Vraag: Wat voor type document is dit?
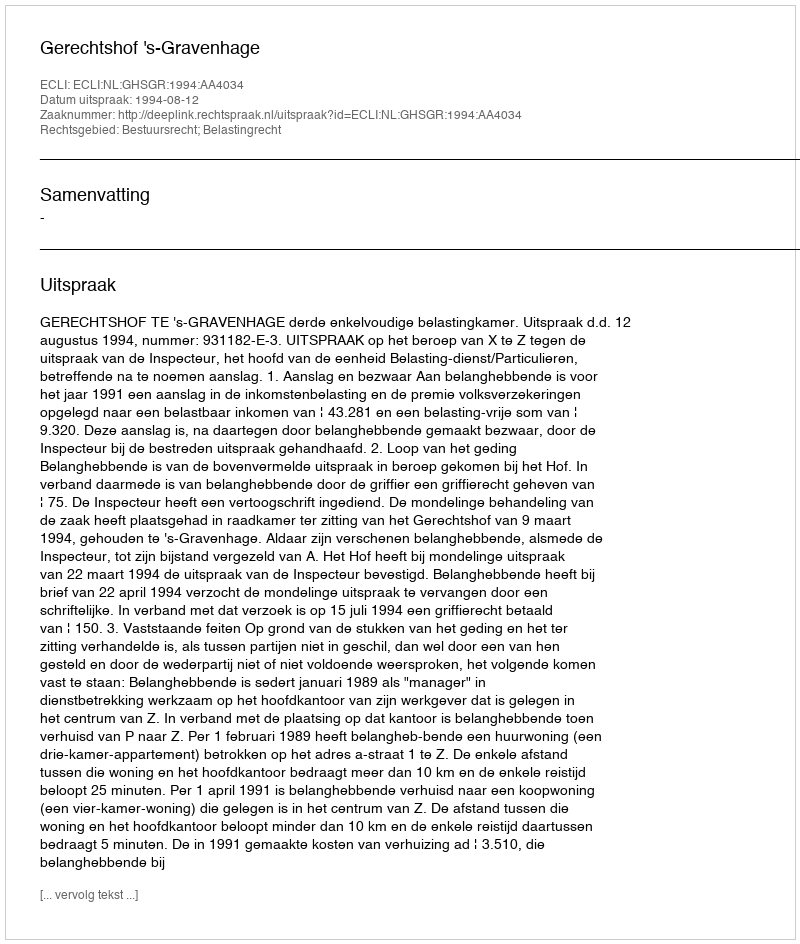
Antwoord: Uitspraak